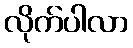
လိုက်ပါလာ